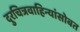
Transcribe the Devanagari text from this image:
दुरचित्रवाहिन्यांसोबत